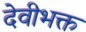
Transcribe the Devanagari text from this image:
देवीभक्त